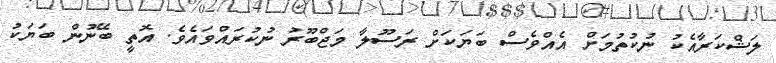
ލަޝްކަރާއެކު ނުކުތުމަށް އެއްވެސް ބަޔަކަށް ރަސޫލާ މަޖްބޫރު ނުކުރައްވައެވެ. އޮތީ ބޭނުން ބަޔަކު